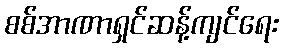
စစ်အာဏာရှင်ဆန့်ကျင်ရေး